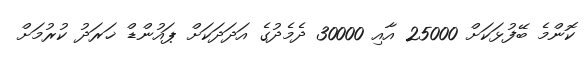
ކޮންމެ ބޭފުޅަކަށް 25000 އާއި 30000 ދެމެދުގެ އަދަދަކަށް ޕައުންޑް ޚަރަދު ކުރުމަށް